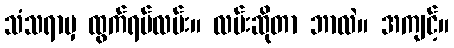
သံသရာမှ ထွက်ရပ်လမ်း။ လမ်းဆိုတာ ဘာလဲ။ အကျင့်။